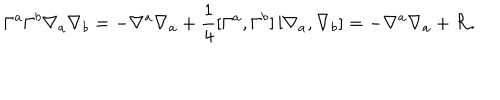
LaTeX: \Gamma ^ { a } \Gamma ^ { b } \nabla _ { a } \nabla _ { b } = - \nabla ^ { a } \nabla _ { a } + \frac { 1 } { 4 } [ \Gamma ^ { a } , \Gamma ^ { b } ] \, [ \nabla _ { a } , \nabla _ { b } ] = - \nabla ^ { a } \nabla _ { a } + { \cal R } .